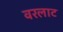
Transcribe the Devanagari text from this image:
वरलाट